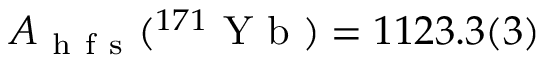
A _ { \mathrm { ~ h ~ f ~ s ~ } } ( ^ { 1 7 1 } \mathrm { ~ Y ~ b ~ } ) = 1 1 2 3 . 3 ( 3 )